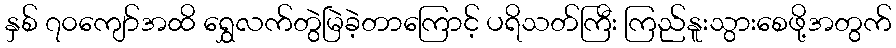
နှစ် ၇၀ကျော်အထိ ရွှေလက်တွဲမြဲခဲ့တာကြောင့် ပရိသတ်ကြီး ကြည်နူးသွားစေဖို့အတွက်